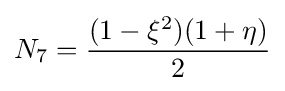
N_{7}={\frac {(1-\xi ^{2})(1+\eta )}{2}}